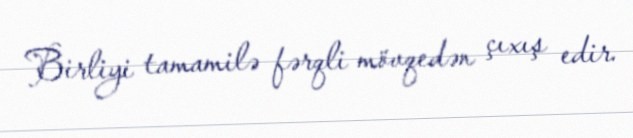
Birliyi tamamilə fərqli mövqedən çıxış edir.